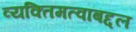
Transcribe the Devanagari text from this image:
व्यक्तिमत्वाबद्दल